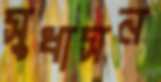
সুধাসন